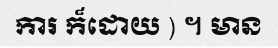
ការ ក៏ដោយ ) ។ មាន